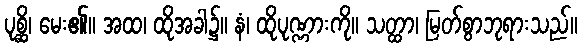
ပုစ္ဆိ၊ မေး၏။ အထ၊ ထိုအခါ၌။ နံ၊ ထိုပုဏ္ဏားကို။ သတ္ထာ၊ မြတ်စွာဘုရားသည်။